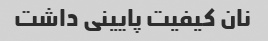
نان کیفیت پایینی داشت